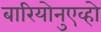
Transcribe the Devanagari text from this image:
बारियोनुएव्हो